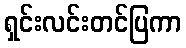
ရှင်းလင်းတင်ပြကာ